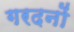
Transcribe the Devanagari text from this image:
गरदनों